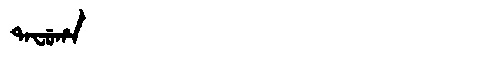
Manchu: ᡨᠠᠸᡠᡥᠠ
Romanization: TAFUHA